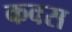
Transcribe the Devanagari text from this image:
कवस